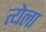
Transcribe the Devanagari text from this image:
त्येला